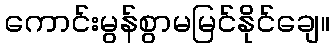
ကောင်းမွန်စွာမမြင်နိုင်ချေ။